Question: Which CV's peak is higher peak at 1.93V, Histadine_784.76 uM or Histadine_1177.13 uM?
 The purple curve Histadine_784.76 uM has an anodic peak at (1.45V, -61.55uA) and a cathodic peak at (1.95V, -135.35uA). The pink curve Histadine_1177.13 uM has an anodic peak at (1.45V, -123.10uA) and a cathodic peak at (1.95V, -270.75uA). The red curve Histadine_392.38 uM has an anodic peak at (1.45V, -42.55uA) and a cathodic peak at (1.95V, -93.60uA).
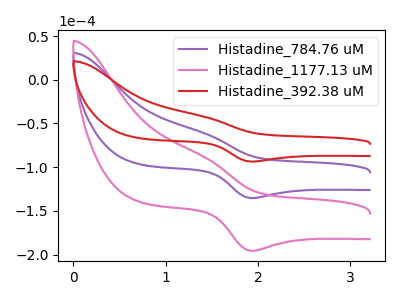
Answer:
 <answer>The peak at 1.93V is lower in "Histadine_784.76 uM" than in "Histadine_1177.13 uM".</answer>
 <eval>lower</eval>